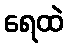
ရေထဲ